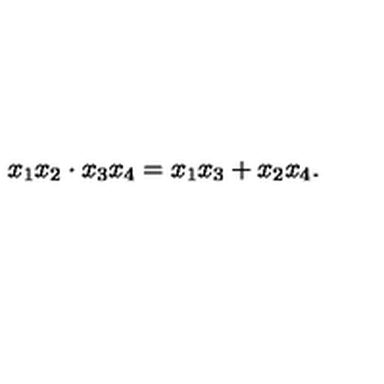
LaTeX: { \binom { x _ { 1 } } { x _ { 2 } } } \cdot { \binom { x _ { 3 } } { x _ { 4 } } } = x _ { 1 } x _ { 3 } + x _ { 2 } x _ { 4 } .